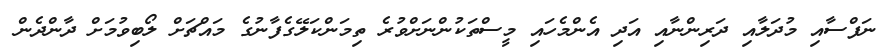
ނަފްސާއި މުދަލާއި ދަރިންނާއި އަދި އެންމެހައި މީސްތަކުންނަށްވުރެ ތިމަންކަލޭގެފާނުގެ މައްޗަށް ލޯބިވުމަށް ދާންދެން